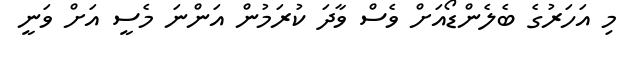
މި އަހަރުގެ ބެލެންޑޯއަށް ވެސް ވާދަ ކުރަމުން އަންނަ މެސީ އަށް ވަނީ